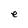
Character: e